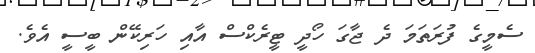
ސެމީގެ ފުރަތަމަ ދެ ޖާގަ ހޯދީ ޓީރެކްސް އާއި ހަރިކޭން ބީސީ އެވެ.